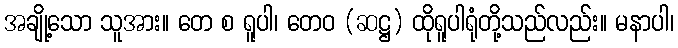
အချို့သော သူအား။ တေ စ ရူပါ၊ တေဝ (ဆဋ္ဌ) ထိုရူပါရုံတို့သည်လည်း။ မနာပါ၊